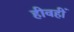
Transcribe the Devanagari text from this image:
हीवहीं